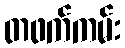
တဖက်ကမ်း